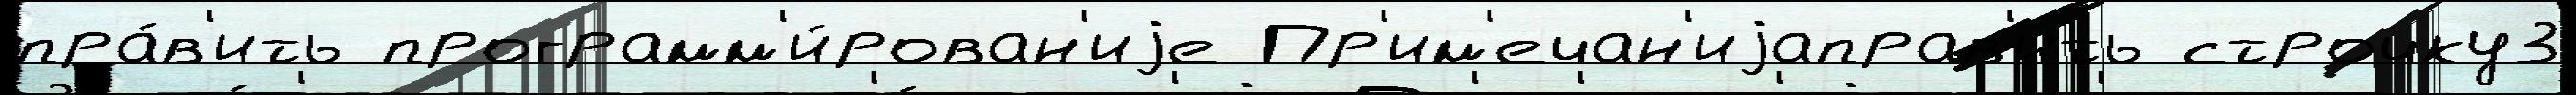
пра́в'ить программ'и́рован'иjе Пр'им'ечан'иjаправ'ить строчку3